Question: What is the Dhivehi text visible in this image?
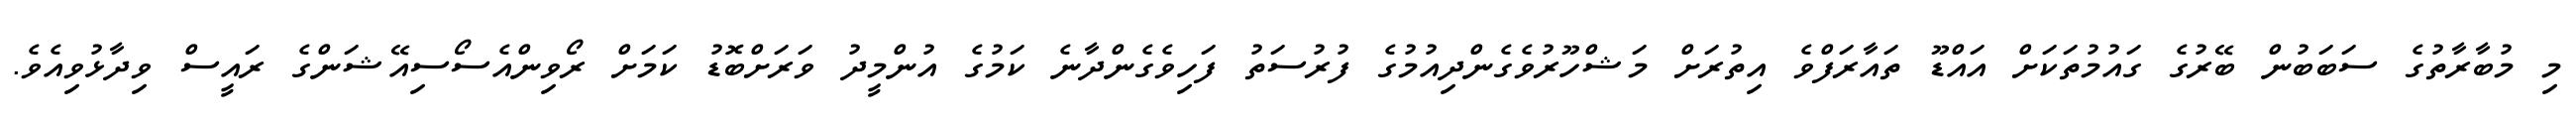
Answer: މި މުބާރާތުގެ ސަބަބުން ބޭރުގެ ގައުމުތަކަށް އައްޑޫ ތައާރަފްވެ އިތުރަށް މަޝްހޫރުވެގެންދިއުމުގެ ފުރުސަތު ފަހިވެގެންދާނެ ކަމުގެ އުންމީދު ވަރަށްބޮޑު ކަމަށް ރޯވިންއެސޯސިއޭޝަންގެ ރައީސް ވިދާޅުވިއެވެ.